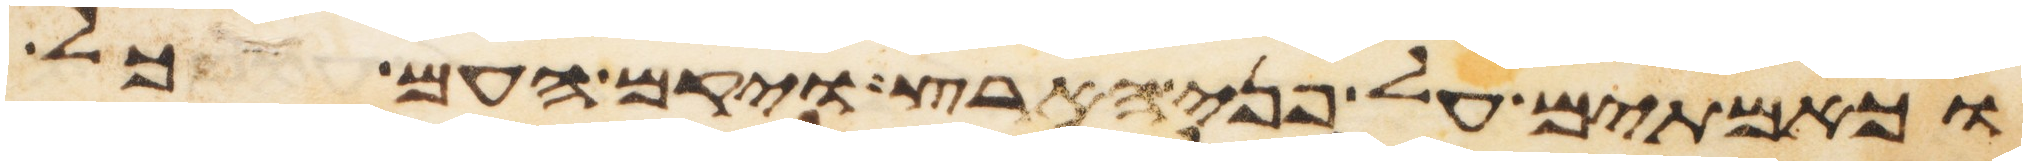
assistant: וכאמתים על פני הארץ ויקם העם כל